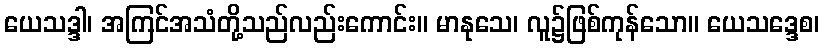
ယေသဒ္ဒါ၊ အကြင်အသံတို့သည်လည်းကောင်း။ မာနုသေ၊ လူ၌ဖြစ်ကုန်သော။ ယေသဒ္ဒေစ၊